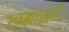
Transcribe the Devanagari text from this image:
स्नमप्रोगेटी